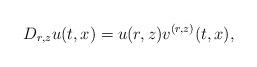
LaTeX: \begin{align*}D_{r,z}u(t,x)=u(r,z) v^{(r,z)}(t,x),\end{align*}